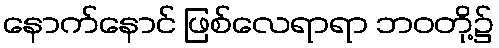
နောက်နောင် ဖြစ်လေရာရာ ဘဝတို့၌